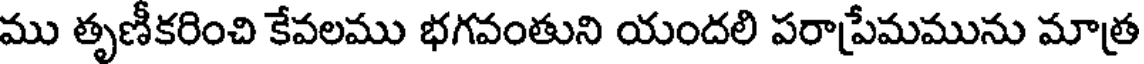
ము తృణీకరించి కేవలము భగవంతుని యందలి పరాప్రేమమును మాత్ర